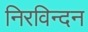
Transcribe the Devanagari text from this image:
निरविन्दन